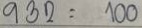
932 = 100